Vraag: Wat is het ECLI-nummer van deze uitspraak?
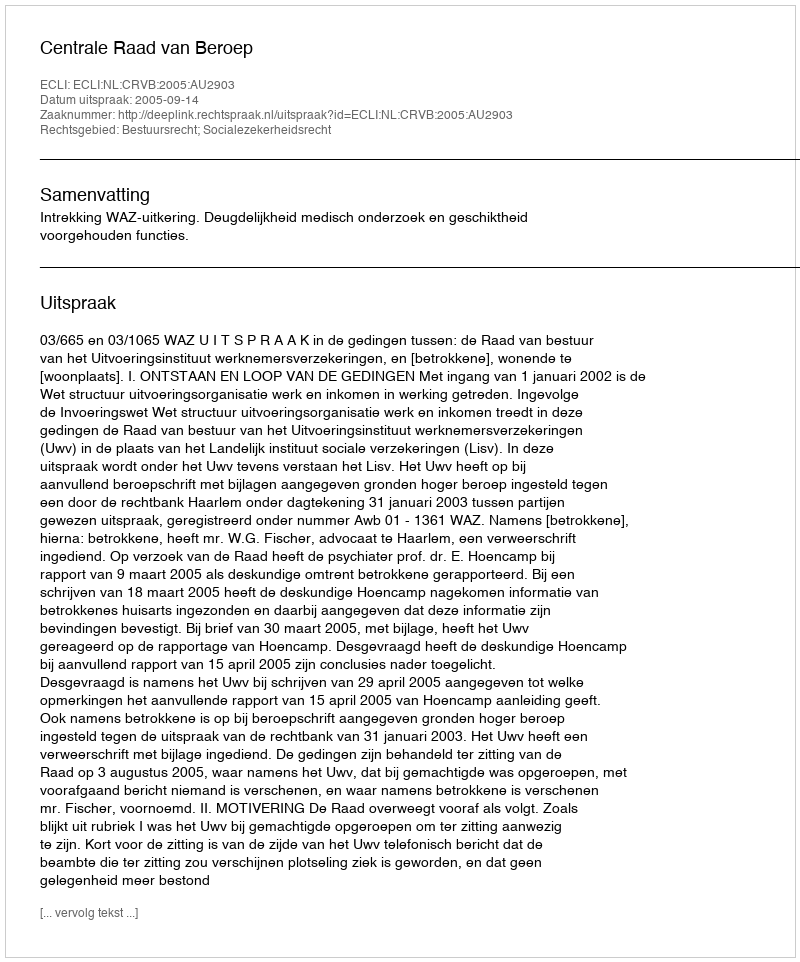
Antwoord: ECLI:NL:CRVB:2005:AU2903